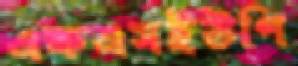
এফএসইউপি